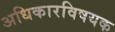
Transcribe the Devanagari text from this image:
अधिकारविषयक